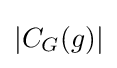
\left|C_{G}(g)\right|